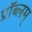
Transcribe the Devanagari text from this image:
प्रॉब्लम्